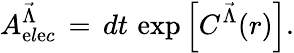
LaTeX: A_{\mathrm{e}l\mathrm{e}c}^{{\vec{{\Lambda}}}}\, =\, dt\, \exp\left[C^{{\vec{{\Lambda}}}}(r)\right].